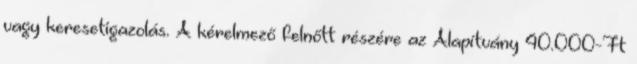
vagy keresetigazolás. A kérelmező felnőtt részére az Alapítvány 40.000-Ft